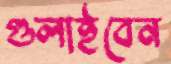
গুলাইবেন